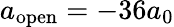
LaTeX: a_{\mathrm{open}}=-36a_{0}